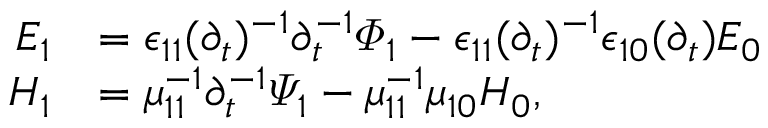
\begin{array} { r l } { E _ { 1 } } & { = \epsilon _ { 1 1 } ( \partial _ { t } ) ^ { - 1 } \partial _ { t } ^ { - 1 } \varPhi _ { 1 } - \epsilon _ { 1 1 } ( \partial _ { t } ) ^ { - 1 } \epsilon _ { 1 0 } ( \partial _ { t } ) E _ { 0 } } \\ { H _ { 1 } } & { = \mu _ { 1 1 } ^ { - 1 } \partial _ { t } ^ { - 1 } \varPsi _ { 1 } - \mu _ { 1 1 } ^ { - 1 } \mu _ { 1 0 } H _ { 0 } , } \end{array}